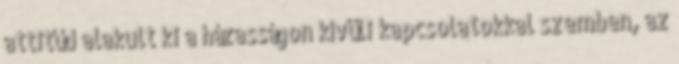
attitűd alakult ki a házasságon kívüli kapcsolatokkal szemben, az